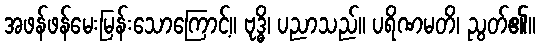
အဖန်ဖန်မေးမြန်းသောကြောင့်။ ဗုဒ္ဓိ၊ ပညာသည်။ ပရိဏမတိ၊ ညွတ်၏။